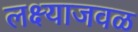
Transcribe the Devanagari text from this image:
लक्ष्याजवळ